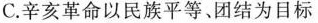
C.辛亥革命以民族平等、团结为目标